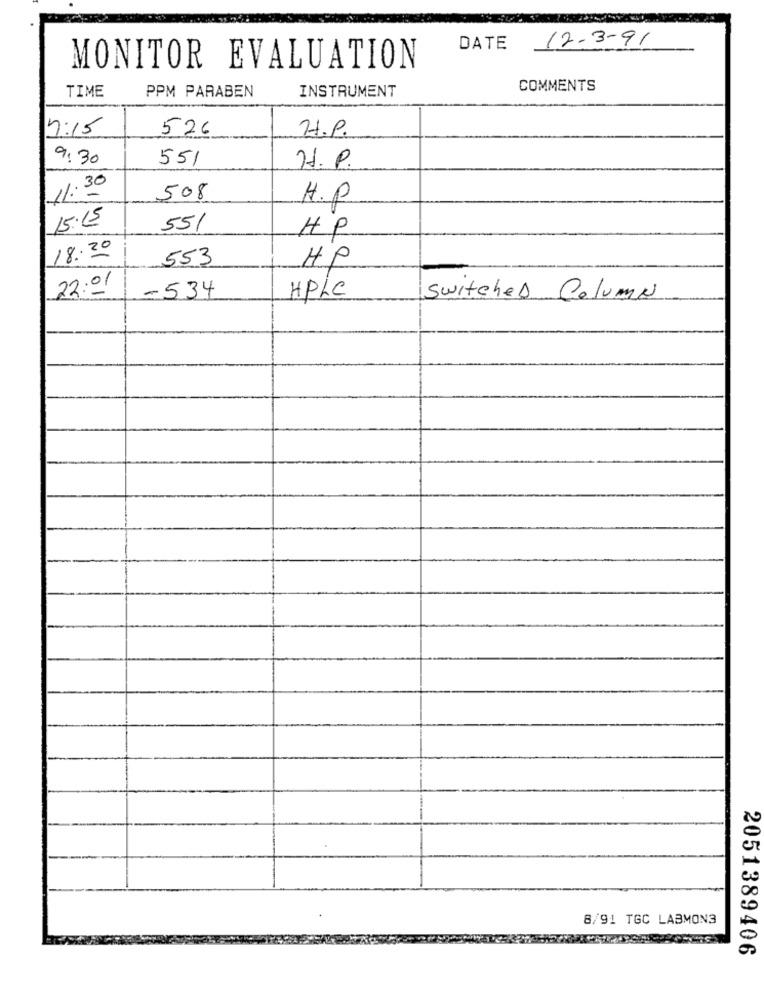
12-3-91
DATE
MONITOR EVALUATION
TIME
PPM PARABEN
INSTRUMENT
COMMENTS
7:15
526
H.P.
9:30
551
H.P.
11:30
508
H.P
15.15
551
HP
18:30
553
HP
22:01
-534
HPLC
Switched Column
8/91 TGC LABMON3
2051389406